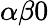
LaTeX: \alpha\beta 0